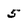
Character: 5